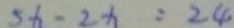
5 x - 2 x = 2 4